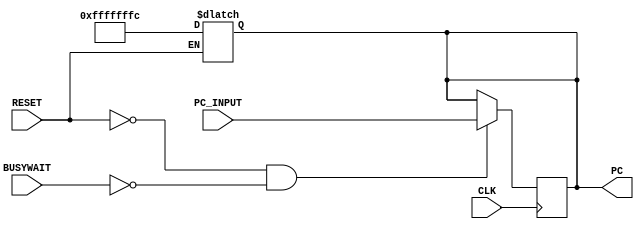
//E/16/078
//program counter module

 `timescale  1ns/100ps

module program_counter(PC, RESET, CLK, PC_INPUT,BUSYWAIT);

	//port declaration
	
	//inputs
	input RESET;
	input CLK;
	input [31:0]PC_INPUT;
	input BUSYWAIT;
	
	//output
	output [31:0]PC;
	reg [31:0]PC;
	
	
	
	//PC update : when both reset and busywait signals are not asserted
	always @(posedge CLK)
	begin
		#1; //pc update delay
		if(RESET==1'b0 && BUSYWAIT==1'b0)
		begin
			
			PC = PC_INPUT;
		end
	end
	
	
	//reset operation
	//If RESET is set to 1 : reset should be done
	always @ (*)
	begin
		if(RESET==1'b1) 
		begin
			#1 //pc reset delay
			PC = -32'd4 ;
			
		end
		
	end
	

endmodule